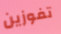
تفوزين